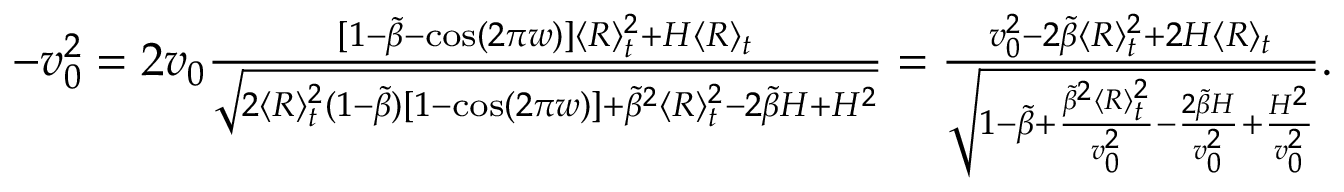
\begin{array} { r } { - v _ { 0 } ^ { 2 } = 2 v _ { 0 } \frac { [ 1 - \tilde { \beta } - \cos ( 2 \pi w ) ] \langle R \rangle _ { t } ^ { 2 } + H \langle R \rangle _ { t } } { \sqrt { 2 \langle R \rangle _ { t } ^ { 2 } ( 1 - \tilde { \beta } ) [ 1 - \cos ( 2 \pi w ) ] + \tilde { \beta } ^ { 2 } \langle R \rangle _ { t } ^ { 2 } - 2 \tilde { \beta } H + H ^ { 2 } } } = \frac { v _ { 0 } ^ { 2 } - 2 \tilde { \beta } \langle R \rangle _ { t } ^ { 2 } + 2 H \langle R \rangle _ { t } } { \sqrt { 1 - \tilde { \beta } + \frac { \tilde { \beta } ^ { 2 } \langle R \rangle _ { t } ^ { 2 } } { v _ { 0 } ^ { 2 } } - \frac { 2 \tilde { \beta } H } { v _ { 0 } ^ { 2 } } + \frac { H ^ { 2 } } { v _ { 0 } ^ { 2 } } } } . } \end{array}